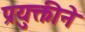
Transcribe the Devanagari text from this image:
प्रयुक्तीने